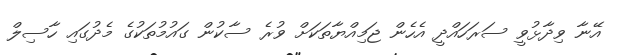
އޭނާ ވިދާޅުވީ ސަރަހައްދީ އެހެން ޖަމިއްޔާތަކަށް ވުރެ ސާކުން ގައުމުތަކުގެ މެދުގައި ހާސިލް